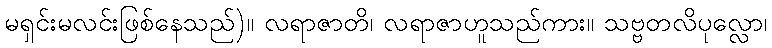
မရှင်းမလင်းဖြစ်နေသည်)။ လရာဇာတိ၊ လရာဇာဟူသည်ကား။ သဗ္ဗတလိပုလ္လော၊